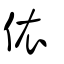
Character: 依